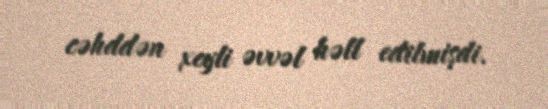
cəhddən xeyli əvvəl həll edilmişdi.